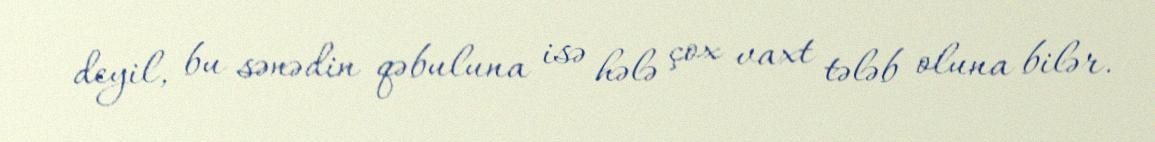
deyil, bu sənədin qəbuluna isə hələ çox vaxt tələb oluna bilər.